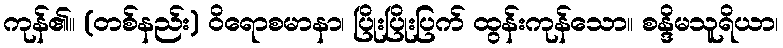
ကုန်၏။ (တစ်နည်း) ဝိရောစမာနာ၊ ပြိုးပြိုးပြက် ထွန်းကုန်သော။ စန္ဒိမသူရိယာ၊